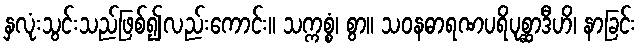
နှလုံးသွင်းသည်ဖြစ်၍လည်းကောင်း။ သက္ကစ္စံ၊ စွာ။ သဝနဓာရဏပရိပုစ္ဆာဒီဟိ၊ နာခြင်း